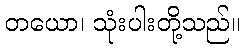
တယော၊ သုံးပါးတို့သည်။